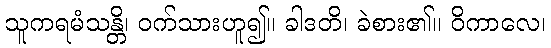
သူကရမံသန္တိ၊ ဝက်သားဟူ၍။ ခါဒတိ၊ ခဲစား၏။ ဝိကာလေ၊